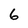
Character: 6